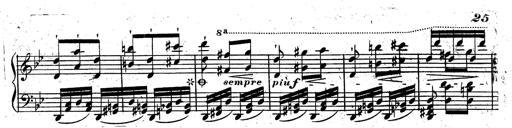
Title: Rondeau fantastique sur un thÃ¨me espagnol
Composer: Franz Liszt